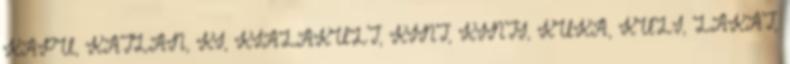
KAPU, KATLAN, KI, KIALAKULT, KINT, KINTI, KUKA, KULI, LAKAT,